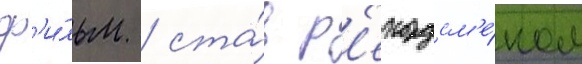
ф'и́льм / ста́в р'екордсм'е́ном